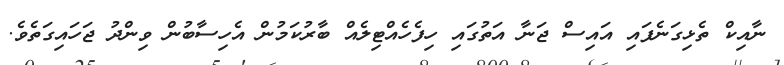
ނާއިކް ތެޅިގަނެފައި އައިސް ޖަނާ އަތުގައި ހިފެހެއްޓިލެއް ބާރުކަމުން އެހިސާބުން ވިންދު ޖަހައިގަތެވެ.